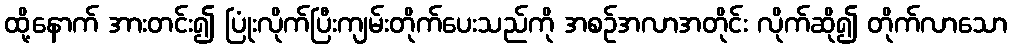
ထို့နောက် အားတင်း၍ ပြုံးလိုက်ပြီးကျမ်းတိုက်ပေးသည်ကို အစဉ်အလာအတိုင်း လိုက်ဆို၍ တိုက်လာသော